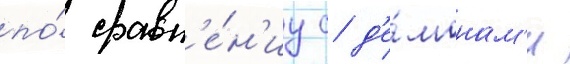
по́ сравн'е́н'иу с д'е́монам'и